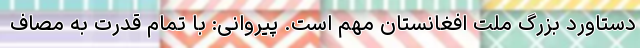
دستاورد بزرگ ملت افغانستان مهم است. پیروانی: با تمام قدرت به مصاف